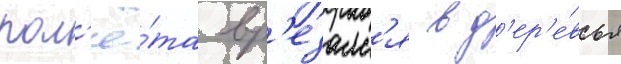
пол'ё́та вр'езалс'я в д'ер'е́вья